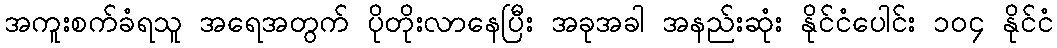
အကူးစက်ခံရသူ အရေအတွက် ပိုတိုးလာနေပြီး အခုအခါ အနည်းဆုံး နိုင်ငံပေါင်း ၁၀၄ နိုင်ငံ